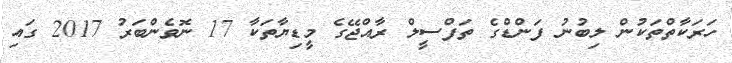
ހަރަކާތްތަކުން ލިބުނު ފަންޑްގެ ތަފްސީލް ރާއްޖޭގެ މީޑިޔާތަކާ 17 ނޮވެންބަރު 2017 ގައި